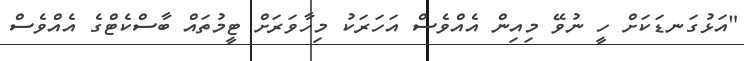
"އަޅުގަނޑަކަށް ހީ ނުވޭ މިއިން އެއްވެސް އަހަރަކު މިހާވަރަށް ޓީމުތައް ބާސްކެޓްގެ އެއްވެސް